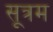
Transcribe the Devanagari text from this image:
सूत्रम